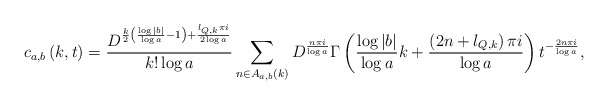
\begin{align*} c_{a,b}\left( k,t\right) =\frac{D^{\frac{k}{2}\left( \frac{\log |b|}{\log a}-1\right) +\frac{l_{Q,k}\pi i}{2\log a}}}{k!\log a}\sum\limits_{n\in A_{a,b}(k)}D^{\frac{n\pi i}{\log a}}\Gamma \left( \frac{\log |b|}{\log a}k+\frac{\left(2n+l_{Q,k}\right)\pi i}{\log a}\right) t^{-\frac{2n\pi i}{\log a}},\end{align*}